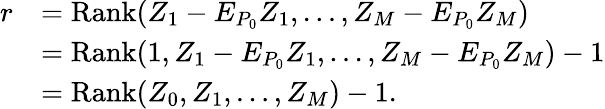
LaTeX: \begin{array}{rl}{r}&{=\operatorname{Rank}(Z_{1}-E_{P_{0}}Z_{1},\dots,Z_{M}-E_{P_{0}}Z_{M})}\\ &{=\operatorname{Rank}(1,Z_{1}-E_{P_{0}}Z_{1},\dots,Z_{M}-E_{P_{0}}Z_{M})-1}\\ &{=\operatorname{Rank}(Z_{0},Z_{1},\dots,Z_{M})-1.}\end{array}